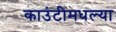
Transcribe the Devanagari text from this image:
काउंटीमधल्या